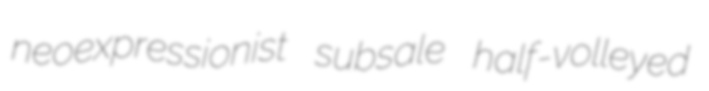
neoexpressionist subsale half-volleyed